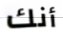
أنك